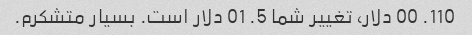
110. 00 دلار، تغییر شما 5. 01 دلار است. بسیار متشکرم.